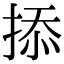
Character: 掭